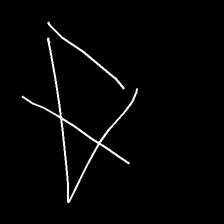
Glyph: empower